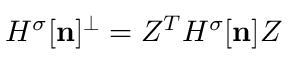
{ H ^ { \sigma } } [ { \bf n } ] ^ { \perp } = Z ^ { T } { H ^ { \sigma } } [ { \bf n } ] Z